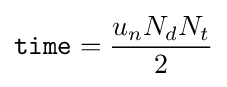
{\mathtt {time}}={\frac {u_{n}N_{d}N_{t}}{2}}